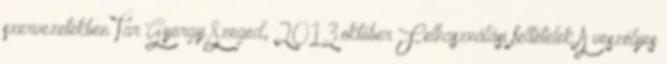
szervezetekben Tar György Szeged, 2013.október Felhasználási feltételek A veszélyes